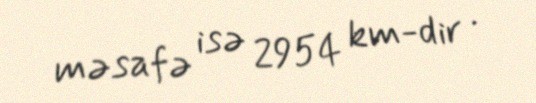
məsafə isə 2954 km-dir .